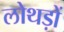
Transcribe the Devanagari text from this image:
लोथड़ों